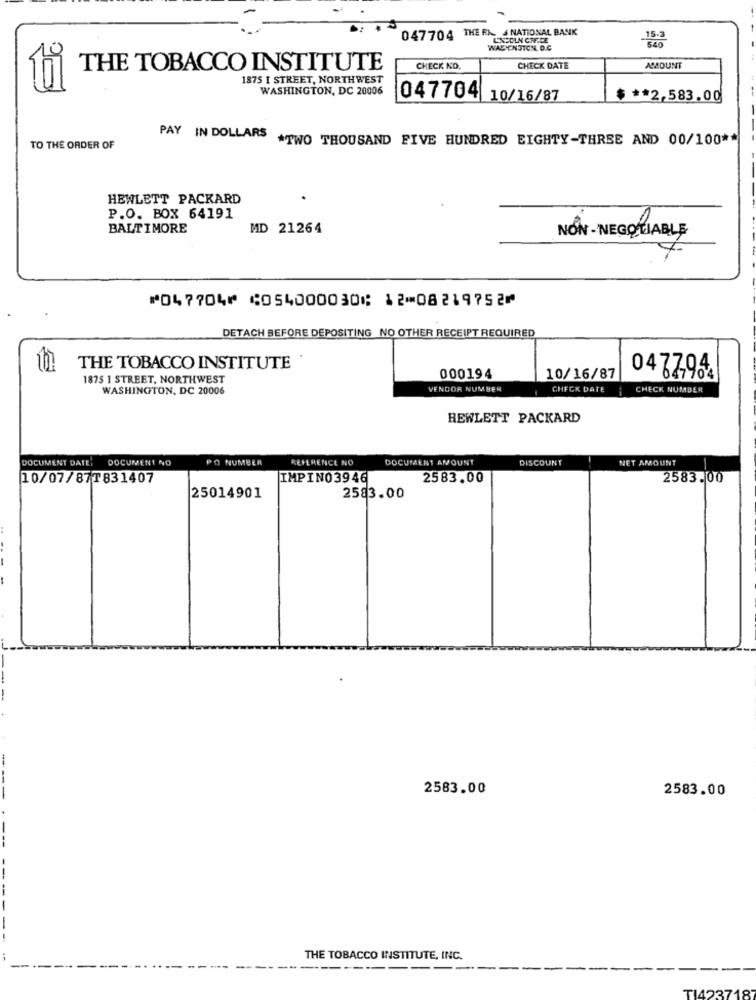
047704 THE RA & NATIONAL BANK
LINCOLN CFF.DE
WASYENSTON. D.C
THE TOBACCO INSTITUTE
CHECK NO.
CHECK DATE
AMMOUNT
1875 I STREET, NORTH WEST
WASHINGTON, DC 20006
047704 10/16/87
$ ** 2,583.00
PAY IN DOLLARS
*TWO THOUSAND FIVE HUNDRED EIGHTY-THREE AND 00/100 **
TO THE ORDER OF
HEWLETT PACKARD
P.O. BOX 64191
BALTIMORE
MD 21264
NON - NEGOHABLE
⑈047704⑈ ⑆054000030⑆ 12⑉08219752⑈
DETACH BEFORE DEPOSITING NO OTHER RECEIPT REQUIRED
THE TOBACCO INSTITUTE
1875 1 STREET, NORTHWEST
000194
10/16/87
04 77-964
WASHINGTON, DC 20006
VENDOR NUMBER
CHECK DATE
CHECK NUMBER
HEWLETT PACKARD
DOCUMENT DATE:
DOCUMENT NO
PO NUMBER
REFERENCE NO
DOCUMENT AMOUNT
DISCOUNT
NET AMOUNT
10/07/877831407
IMPIN03946
2583.00
2583.00
25014901
2583.00
:
2583.00
2583.00
THE TOBACCO INSTITUTE, INC.
--
---